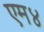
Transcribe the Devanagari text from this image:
एम४